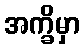
အက္ခိမှာ